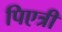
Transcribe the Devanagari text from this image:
पिएत्री